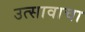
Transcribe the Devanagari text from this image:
उत्सावाचा